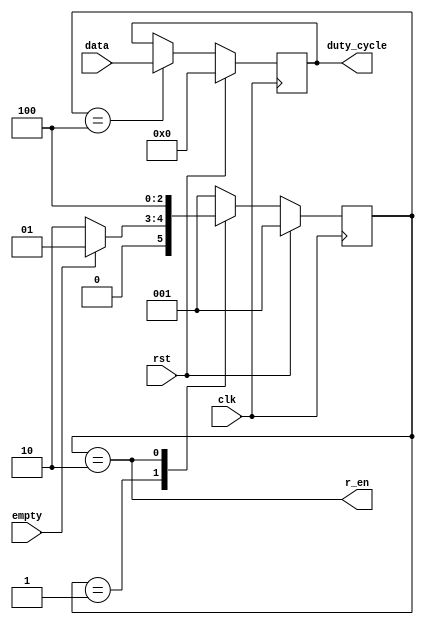
module async_rx (
    input clk,
    input rst,
    input [11:0] data,
    output r_en,
    input empty,
    output reg [11:0] duty_cycle
);
    
    localparam IDLE = 3'b001, READ = 3'b010, LATCH = 3'b100;
    reg [2:0] state;
    reg [2:0] next_state;

    always @ (*) begin
        case (state)
            IDLE:
                if (!empty)
                    next_state = READ;
                else
                    next_state = IDLE;
            READ:
                next_state = LATCH;
            LATCH:
                next_state = IDLE;
            default:
                next_state = IDLE;
        endcase
    end

    always @ (posedge clk) begin
        if (rst)
            state <= IDLE;
        else
            state <= next_state;
    end

    assign r_en = (state == READ);

    always @ (posedge clk) begin
        if (rst)
            duty_cycle <= 12'b0;
        else
            if (state == LATCH)
                duty_cycle <= data;
    end

endmodule